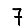
Digit: 7